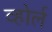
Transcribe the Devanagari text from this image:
व्होर्ल